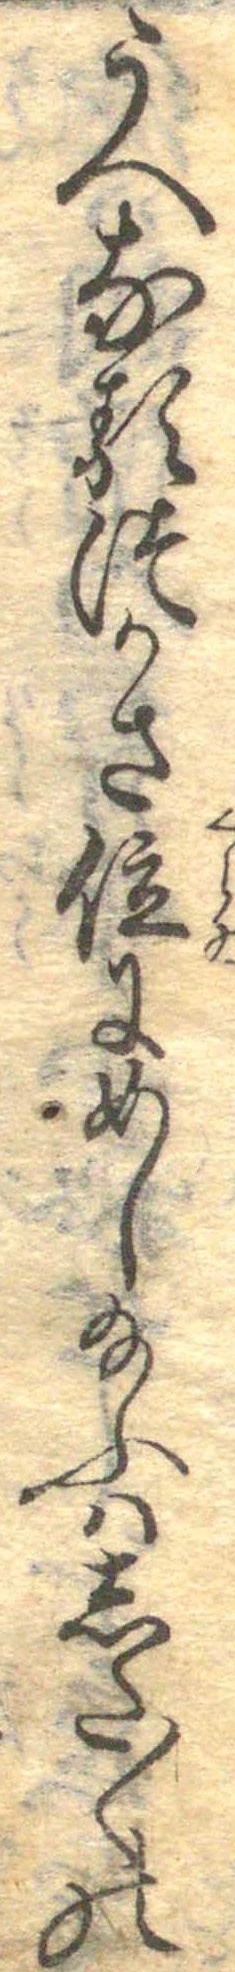
うへなるつかさ位にめし玉ふはした〱の